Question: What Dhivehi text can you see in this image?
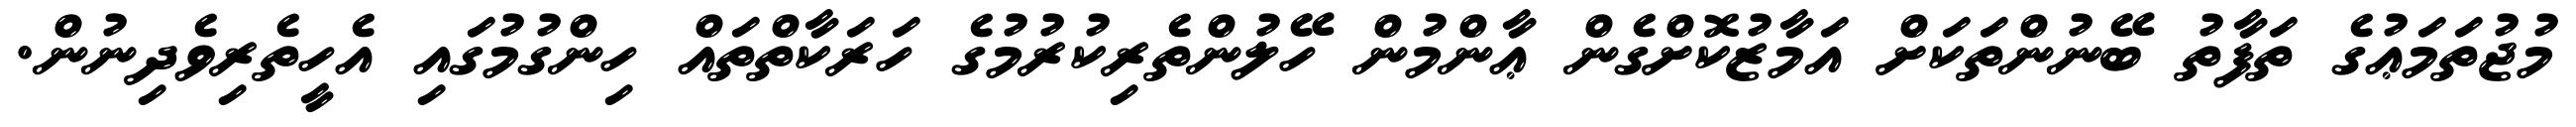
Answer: މުޖުތަމަޢުގެ ތަފާތު ބޭނުންތަކަށް އަމާޒުކޮށްގެން ޢާންމުން ހޭލުންތެރިކުރުމުގެ ހަރަކާތްތައް ހިންގުމުގައި އެހީތެރިވެދިނުން.